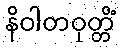
နိဝါတဝုတ္တိံ